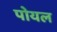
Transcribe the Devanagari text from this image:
पोयल